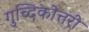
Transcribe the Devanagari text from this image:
गुच्दिकोत्तरी